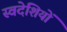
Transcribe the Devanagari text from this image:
स्वदेशियों